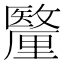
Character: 𮡟